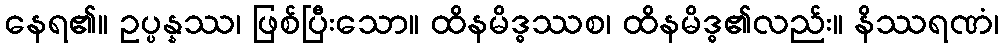
နေရ၏။ ဥပ္ပန္နဿ၊ ဖြစ်ပြီးသော။ ထိနမိဒ္ဓဿစ၊ ထိနမိဒ္ဓ၏လည်း။ နိဿရဏံ၊